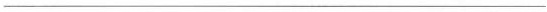
___